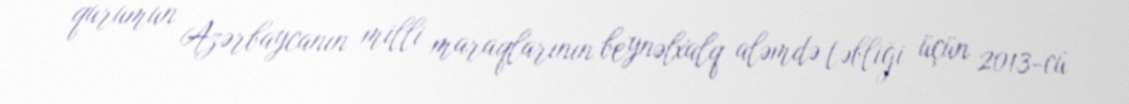
qurumun Azərbaycanın milli maraqlarının beynəlxalq aləmdə təbliği üçün 2013-cü